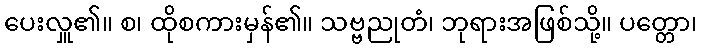
ပေးလှူ၏။ စ၊ ထိုစကားမှန်၏။ သဗ္ဗညုတံ၊ ဘုရားအဖြစ်သို့။ ပတ္တော၊